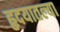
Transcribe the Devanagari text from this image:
हृदयातल्या